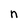
Character: n